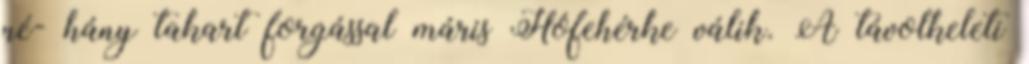
né- hány takart forgással máris Hófehérke válik. A távolkeleti